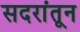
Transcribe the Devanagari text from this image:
सदरांतून